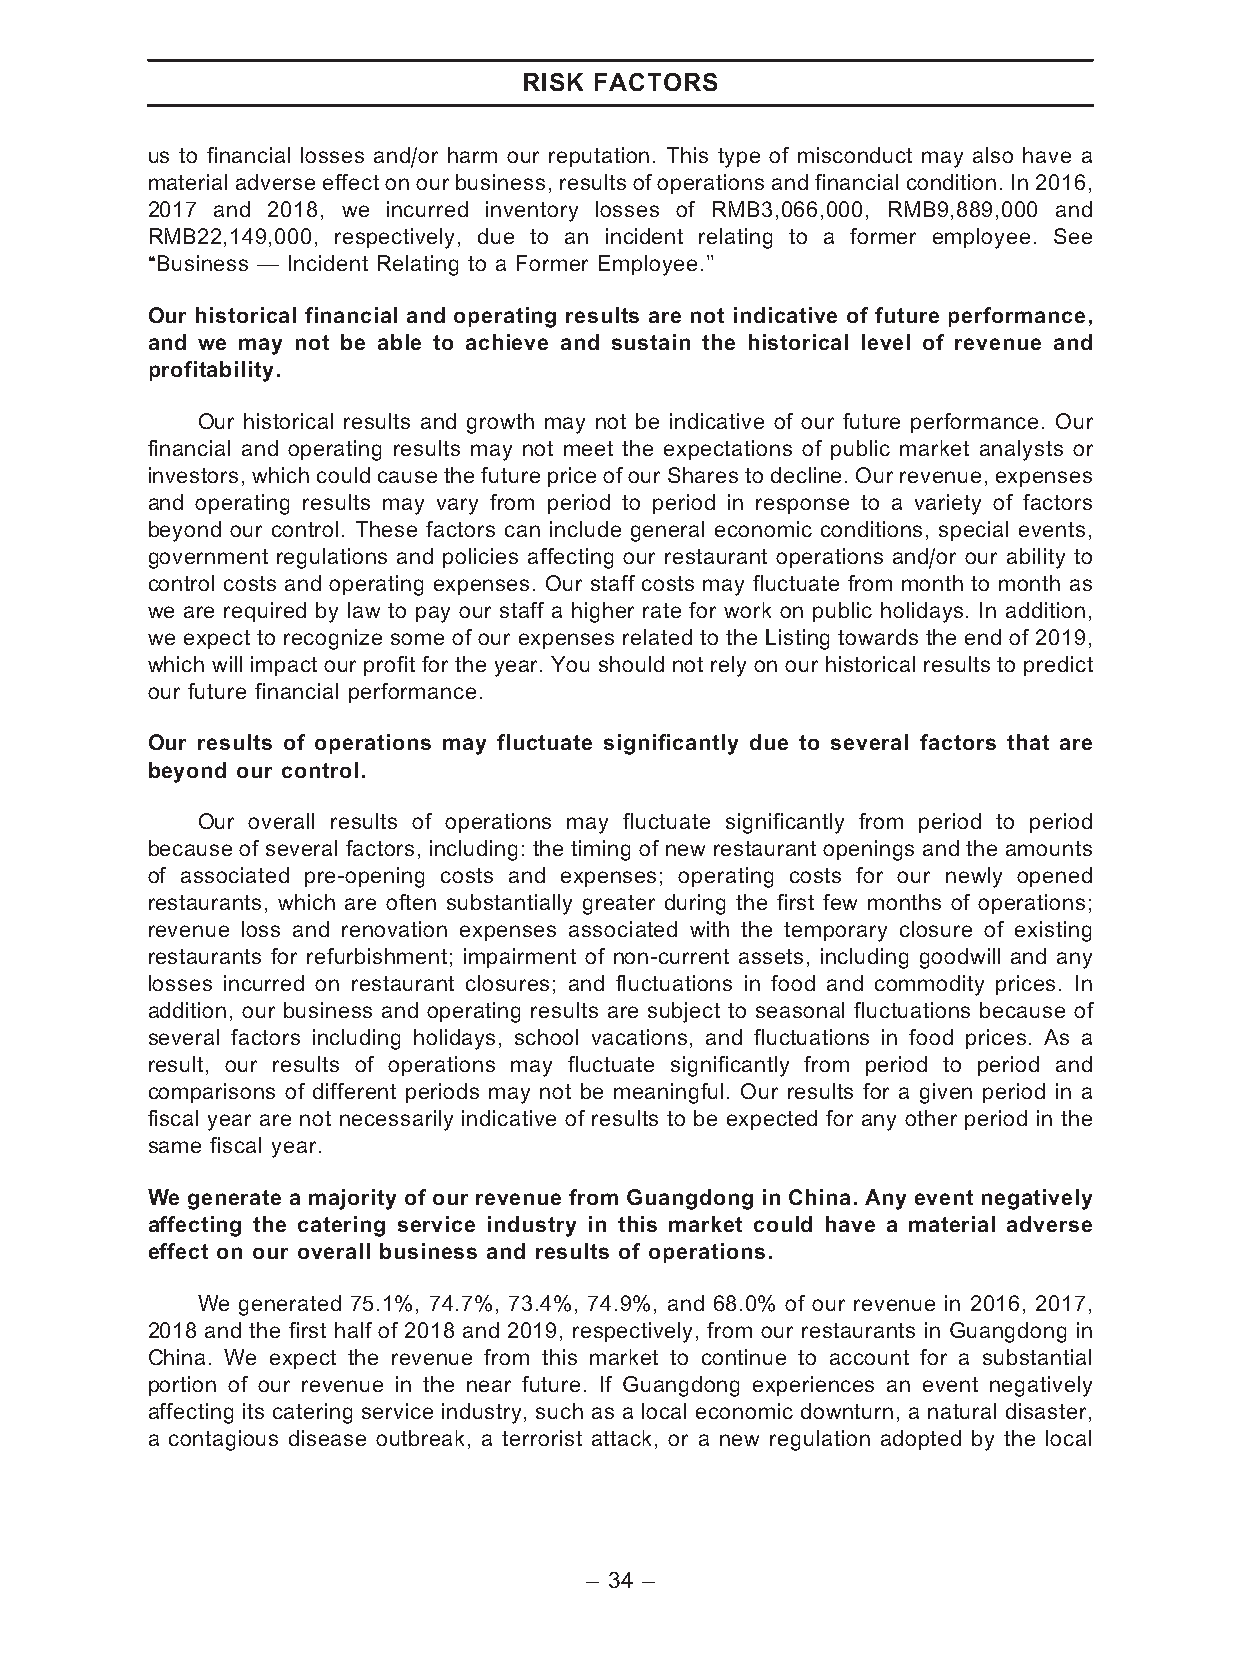
RISK FACTORS
 us to financial losses and/or harm our reputation. This type of misconduct may also have a
 material adverse effect on ourbusiness, results of operations and financial condition. In 2016,
 2017 and 2018, we incurred inventory losses of RMB3,066,000, RMB9,889,000 and
 RMB22,149,000, respectively, due to an incident relating to a former employee. See
 ‘‘Business — Incident Relating to a Former Employee.’’
 Our historical financial and operating results are not indicative of future performance,
 and we may not be able to achieve and sustain the historical level of revenue and
 profitability.
 Our historical results and growth may not be indicative of our future performance. Our
 financial and operating results may not meet the expectations of public market analysts or
 investors, which could cause the future price of our Shares to decline. Our revenue, expenses
 and operating results may vary from period to period in response to a variety of factors
 beyond our control. These factors can include general economic conditions, special events,
 government regulations and policies affecting our restaurant operations and/or our ability to
 control costs and operating expenses. Our staff costs may fluctuate from month to month as
 we are required by law to pay our staff a higher rate for work on public holidays. In addition,
 we expect to recognize some of our expenses related to the Listing towards the end of 2019,
 which will impact our profit for the year. You should not rely on our historical results to predict
 our future financial performance.
 Our results of operations may fluctuate significantly due to several factors that are
 beyond our control.
 Our overall results of operations may fluctuate significantly from period to period
 because of several factors, including: the timing of new restaurant openings and the amounts
 of associated pre-opening costs and expenses; operating costs for our newly opened
 restaurants, which are often substantially greater during the first few months of operations;
 revenue loss and renovation expenses associated with the temporary closure of existing
 restaurants for refurbishment; impairment of non-current assets, including goodwill and any
 losses incurred on restaurant closures; and fluctuations in food and commodity prices. In
 addition, our business and operating results are subject to seasonal fluctuations because of
 several factors including holidays, school vacations, and fluctuations in food prices. As a
 result, our results of operations may fluctuate significantly from period to period and
 comparisons of different periods may not be meaningful. Our results for a given period in a
 fiscal year are not necessarily indicative of results to be expected for any other period in the
 same fiscal year.
 We generate a majority of our revenue from Guangdong in China. Any event negatively
 affecting the catering service industry in this market could have a material adverse
 effect on our overall business and results of operations.
 We generated 75.1%, 74.7%, 73.4%, 74.9%, and 68.0% of our revenue in 2016, 2017,
 2018 and the first half of 2018 and 2019, respectively, from our restaurants in Guangdong in
 China. We expect the revenue from this market to continue to account for a substantial
 portion of our revenue in the near future. If Guangdong experiences an event negatively
 affecting its catering service industry, such as a local economic downturn, a natural disaster,
 a contagious disease outbreak, a terrorist attack, or a new regulation adopted by the local
 – 34 –